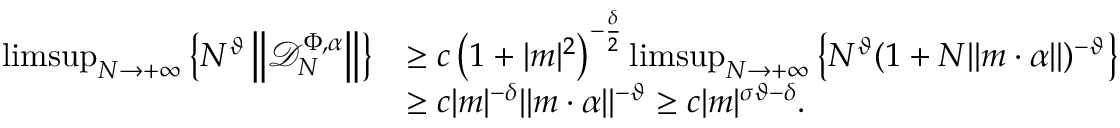
\begin{array} { r l } { \operatorname* { l i m s u p } _ { N \to + \infty } \left\{ N ^ { \vartheta } \left\| \mathcal D _ { N } ^ { \Phi , \alpha } \right\| \right\} } & { \geq c \left( 1 + | m | ^ { 2 } \right) ^ { - \frac \delta 2 } \operatorname* { l i m s u p } _ { N \to + \infty } \left\{ N ^ { \vartheta } ( 1 + N \| m \cdot \alpha \| ) ^ { - \vartheta } \right\} } \\ & { \geq c | m | ^ { - \delta } \| m \cdot \alpha \| ^ { - \vartheta } \geq c | m | ^ { \sigma \vartheta - \delta } . } \end{array}